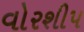
વોરશીપ